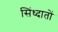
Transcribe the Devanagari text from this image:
सिंध्दातों